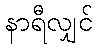
နာရီလျှင်